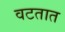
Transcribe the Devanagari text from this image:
वटतात